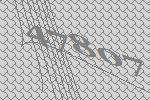
47807